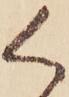
く